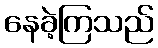
နေခဲ့ကြသည်